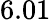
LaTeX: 6.01